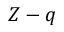
Z - q